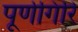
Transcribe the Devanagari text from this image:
पूर्णगिरि